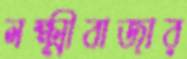
লক্ষ্মীবাজার